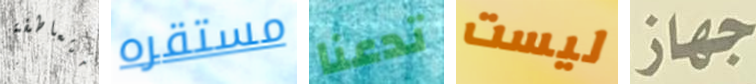
متعاطفة مستقره تدعنا ليست جهاز